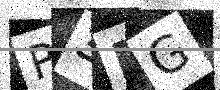
Text: P3DG